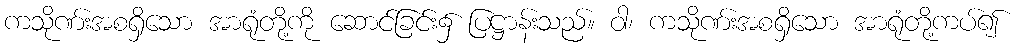
ကသိုဏ်းအစရှိသော အာရုံတို့ကို ဆောင်ခြင်း၌ ပြဋ္ဌာန်းသည်။ ဝါ၊ ကသိုဏ်းအစရှိသော အာရုံတို့ကပ်၍